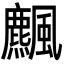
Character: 𩙒